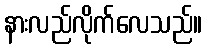
နားလည်လိုက်လေသည်။